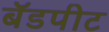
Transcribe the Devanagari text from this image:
बॅडपीट